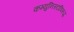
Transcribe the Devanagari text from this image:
कम्युनिस्टांविरूद्ध